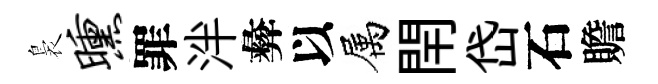
裊曛罪泮彜以属閈岱石贍